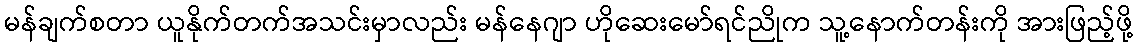
မန်ချက်စတာ ယူနိုက်တက်အသင်းမှာလည်း မန်နေဂျာ ဟိုဆေးမော်ရင်ညိုက သူ့နောက်တန်းကို အားဖြည့်ဖို့